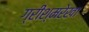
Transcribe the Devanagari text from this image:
ग्रीश्मरेखा